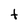
Character: t